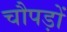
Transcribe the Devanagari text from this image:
चौपड़ों